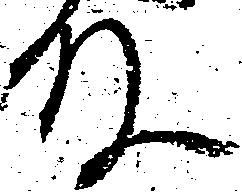
殿